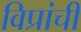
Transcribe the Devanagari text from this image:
विप्रांची